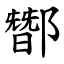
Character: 䣟